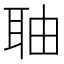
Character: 𮶐